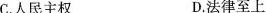
C.人民主权 D.法律至上